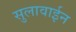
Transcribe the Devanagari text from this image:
सुलावाईन